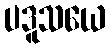
ပဒူသယေ